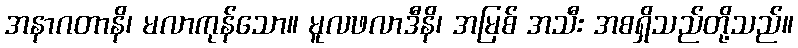
အနာဂတာနိ၊ မလာကုန်သော။ မူလဖလာဒီနိ၊ အမြစ် အသီး အစရှိသည်တို့သည်။